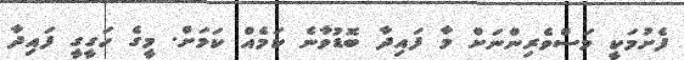
ފެށުމަކީ މަސްވެރިންނަށް މާ ފައިދާ ބޮޑުވާނެ ކަމެއް ކަމަށް. މީގެ ހަގީގީ ފައިދާ